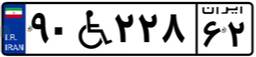
۹۰W۲۲۸۶۲